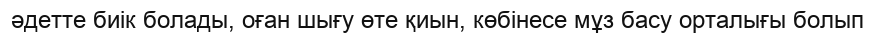
әдетте биік болады, оған шығу өте қиын, көбінесе мұз басу орталығы болып